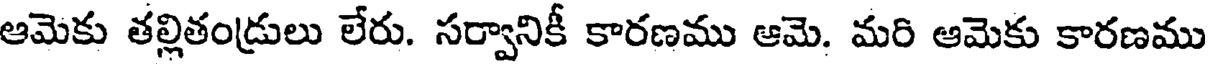
ఆమెకు తల్లితండ్రులు లేరు. సర్వానికీ కారణము ఆమె. మరి ఆమెకు కారణము